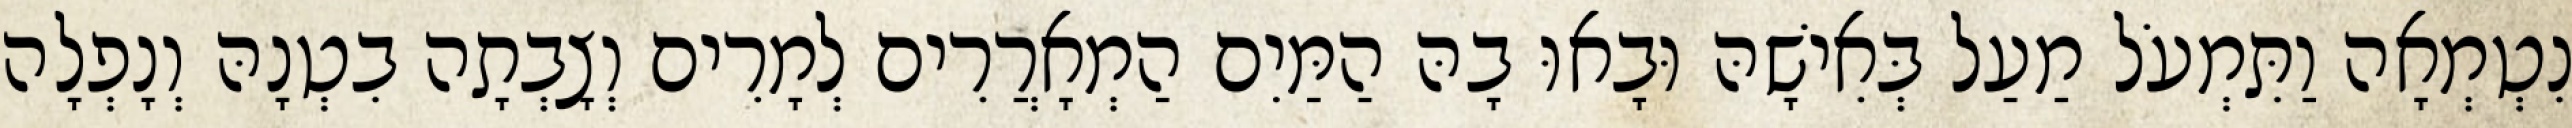
נִטְמְאָה וַתִּמְעֹל מַעַל בְּאִישָׁהּ וּבָאוּ בָהּ הַמַּיִם הַמְאָרֲרִים לְמָרִים וְצָבְתָה בִטְנָהּ וְנָפְלָה